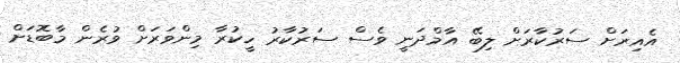
އެއިރަށް ސަރުކާރަށް ލިބޭ އާމްދަނީ ވެސް ސަރުކާރު ހީކުރާ މިންވަރަށް ވުރެން މާބޮޑަށް